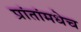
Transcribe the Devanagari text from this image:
प्रांतांमधेच